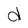
Character: d